NAE_EAA_T-354_Tartu_Tamme_Gumnaasium, lk 97
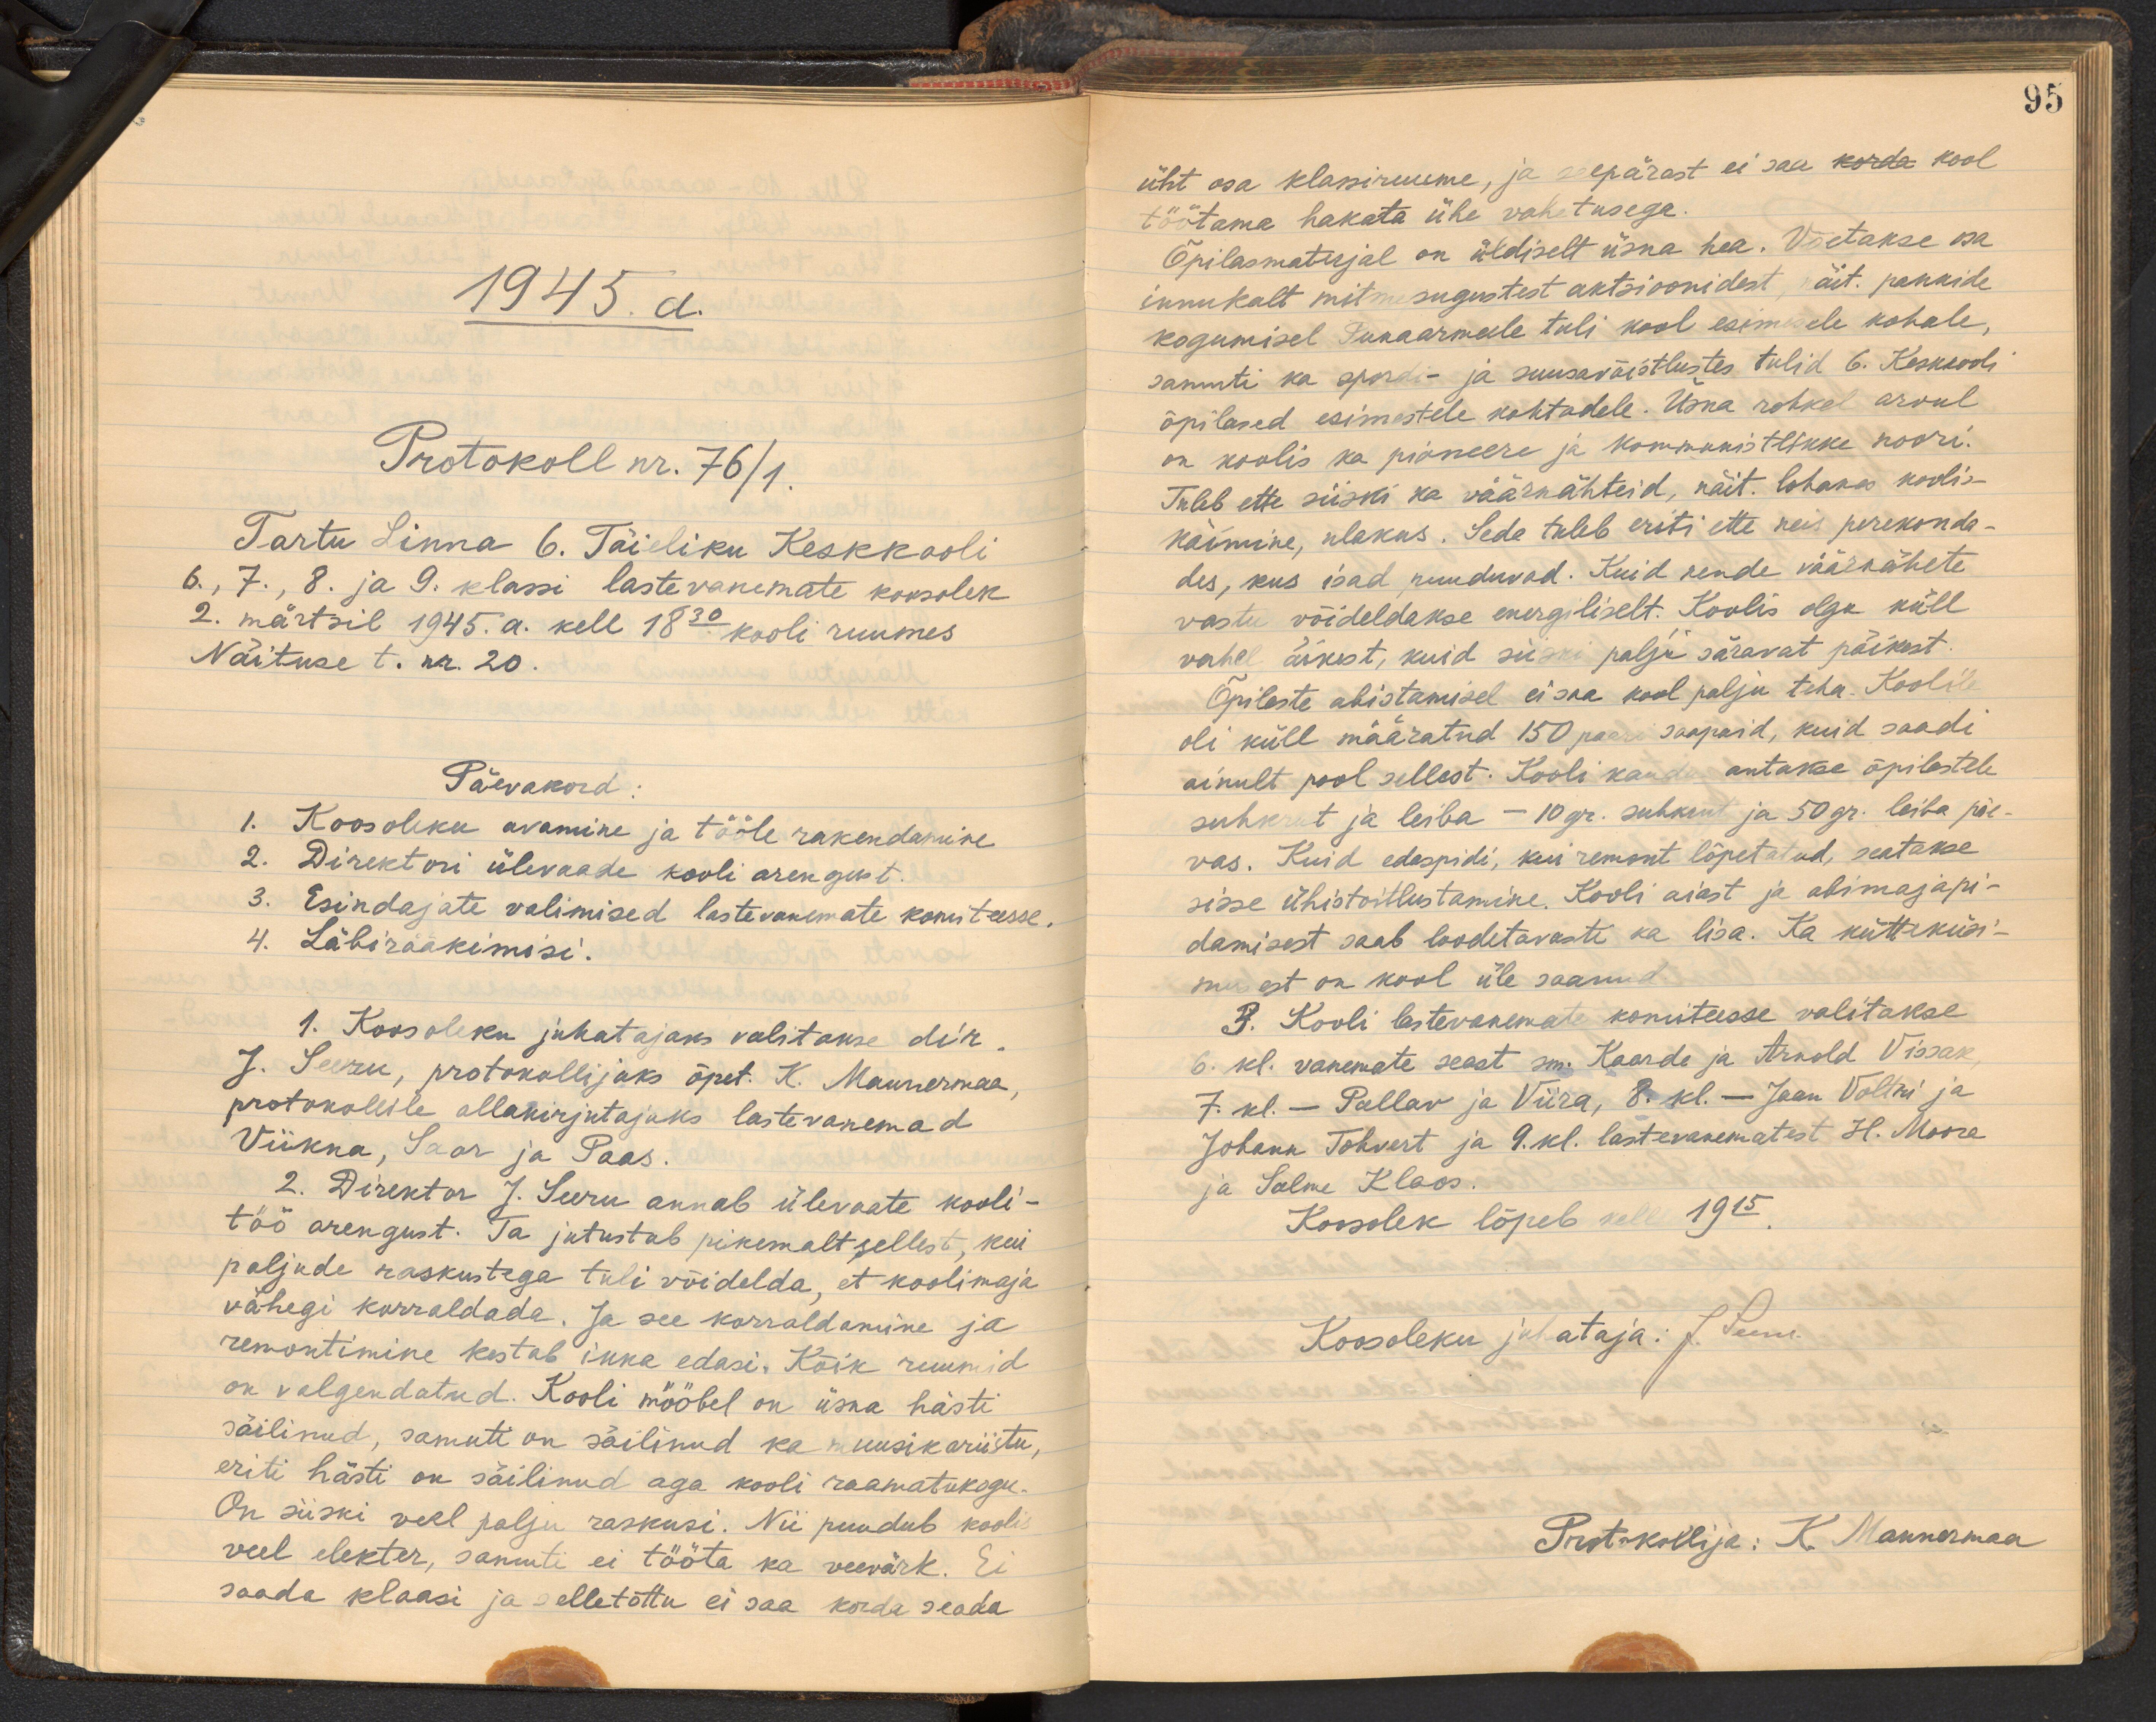
1945. a.
Protokoll nr. 76/1.
Tartu Linna 6. Täieliku Keskkooli
6., 7., 8. 9. klassi lastevanemate koosolek
2. märtsil 1945. a. kell 18.30 kooli ruumes
Näituse t. nr. 20.
Päevakord:
1. Koosoleku avamine ja tööle rakendamine
2. Direktori ülevaade kooli arengust.
3. Esindajate valimised lastevanemate komiteesse.
4. Läbirääkimisi.
1. Koosoleku juhatajaks valitakse dir.
J. Seeru, protokollijaks õpet. K. Mannermaa
protokollile allakirjutajaks lastevanemad.
Viikna, Saar ja Paas.
2. Direktor J. Seeru annab ülevaate kooli-
töö arengust. Ta jutustab pikemalt sellest, kui
paljude raskustega tuli võidelda, et koolimaja
vähegi korraldada. Ja see korradamine ja
remontimine kestab ikka edasi. Kõik ruumid
on valgendatud. Kooli mööbel on üsna hästi
säilinud, samuti on säilinud ka muusikariistu,
eriti hästi on säilinud aga kooli raamatukogu.
On siiski veel palju raskusi. Nii puudub koolis
veel elekter, samuti ei tööta ka veevärk. Ei
saada klaasi ja selletõttu ei saa korda seada.

95
üht osa klassiruume, ja seepärast ei saa kool
töötama hakata ühe vahetusega.
Õpilasmaterjal on üldiselt üsna hea. Võetakse osa
innukalt mitmesugustest aktsioonidest näit. pakkide
kogumisel Punaarmeele tuli kool esimesele kohale,
samuti ka spordi- ja suusavõistlustes tulid 6. Keskkooli
õpilased esimestele kohtadele. Üsna rohkel arvul
on koolis ka pioneere ja kommunistlikke noori.
Tuleb ette siiski ka väärnähteid, näit. lohakas koolis-
käimine, ulakus. Seda tuleb eriti ette neis perekonda-
des, kus isad puuduvad. Kuid nende väärnähete
vastu võideldakse energiliselt. Koolis olgu küll
vahel äikest, kuid siiski palju säravat päikest.
Õpilaste abistamisel ei saa kool palju teha. Koolile
oli küll määratud 150 paari saapaid, kuid saadi
ainult pool sellest. Kooli kaudu antakse õpilastele
suhkrut ja leiba - 10 gr. suhkrut ja 50 gr. leiba päe-
vas. Kuid edaspidi, kui remont lõpetatud, seatakse
sisse ühistoitlustamine. Kooli aiast ja abimajapi-
damisest saab loodetavasti ka lisa. Ka kütteküsi-
musest on kool üle saanud.
3. Kooli lastevanemate komiteesse valitakse
6. kl. vanemate seast sm. Kaarde ja Arnold Vissak.
7. kl. - Pallav ja Viira, 8.kl. - Jaan Voltri ja
Johann Tohvert ja 9. kl. lastevanematest H. Moore
ja Salme Klaos.
Koosolek lõpeb kell 19.15
Koosoleku juhataja: J. Penn.
Protokollija: K. Mannermaa